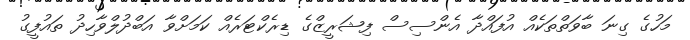
މަހުގެ ގިނަ ބާވަތްތަކެއް އުފައްދާ އެންސިސް ފިޝަރީޒްގެ ޑިރެކްޓަރެއް ކަމަށްވާ އަބްދުލްވާހިދު ތައުފީގު